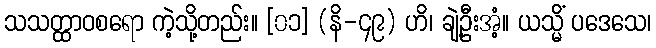
သသတ္ထာဝစရော ကဲ့သို့တည်း။ [၀၁] (နိ-၄၉) ဟိ၊ ချဲ့ဦးအံ့။ ယသ္မိံ ပဒေသေ၊